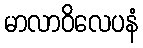
မာလာဝိလေပနံ